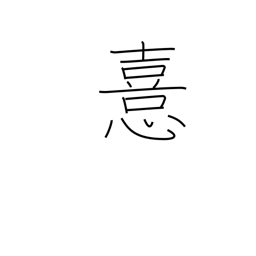
Meaning: prefer